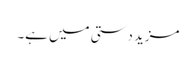
مزید دستی میں ہے۔